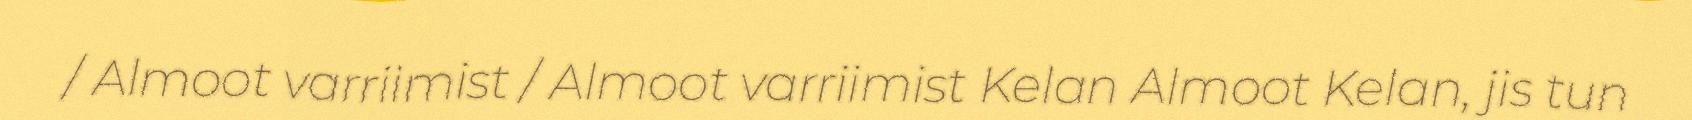
/ Almoot varriimist / Almoot varriimist Kelan Almoot Kelan, jis tun